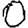
Digit: 0